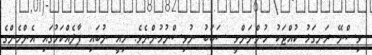
ވިސްނޭ ރަނގަޅު ކުއްޖަކު ހުންނަންވީ ސަބަބު ނުވިސްނުމުންނެވެ. މިއީ ނުބައި ފާލެއްކަމުގައި އެންމެންގެ